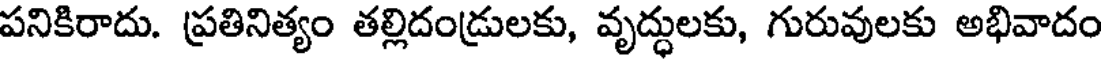
పనికిరాదు. ప్రతినిత్యం తల్లిదండ్రులకు, వృద్ధులకు, గురువులకు అభివాదం